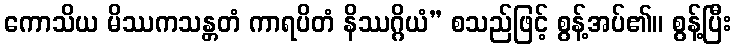
ကောသိယ မိဿကသန္တတံ ကာရပိတံ နိဿဂ္ဂိယံ” စသည်ဖြင့် စွန့်အပ်၏။ စွန့်ပြီး